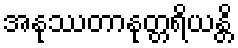
အနုဿတာနုတ္တရိယန္တိ